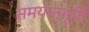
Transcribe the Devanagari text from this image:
समयानुभूति